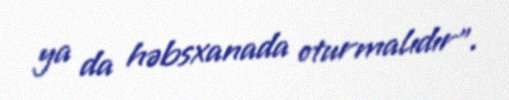
ya da həbsxanada oturmalıdır”.